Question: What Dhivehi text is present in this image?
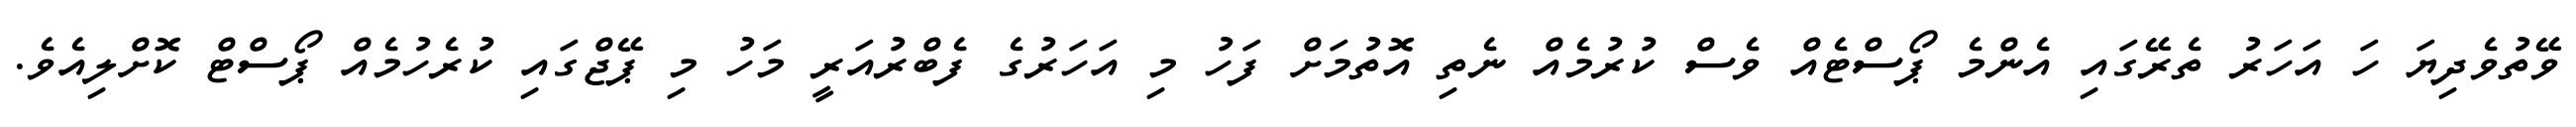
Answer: ވޭތުވެދިޔަ ހަ އަހަރު ތެރޭގައި އެންމެ ޕޯސްޓެއް ވެސް ކުރުމެއް ނެތި އޮތުމަށް ފަހު މި އަހަރުގެ ފެބްރުއަރީ މަހު މި ޕޭޖްގައި ކުރެހުމެއް ޕޯސްޓް ކޮށްލިއެވެ.